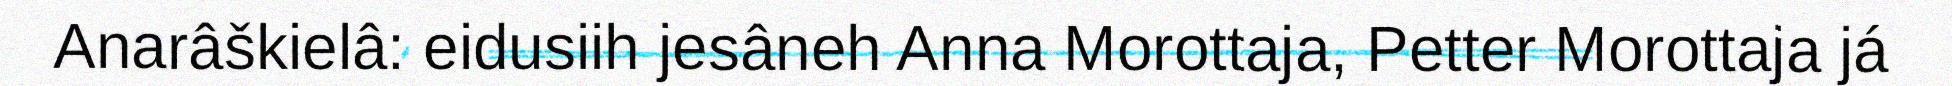
Anarâškielâ: eidusiih jesâneh Anna Morottaja, Petter Morottaja já